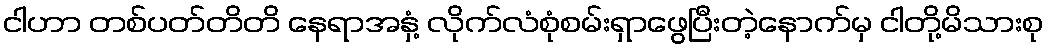
ငါဟာ တစ်ပတ်တိတိ နေရာအနှံ့ လိုက်လံစုံစမ်းရှာဖွေပြီးတဲ့နောက်မှ ငါတို့မိသားစု